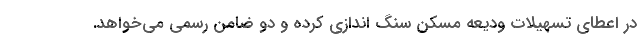
در اعطای تسهیلات ودیعه مسکن سنگ اندازی کرده و دو ضامن رسمی می‌خواهد.